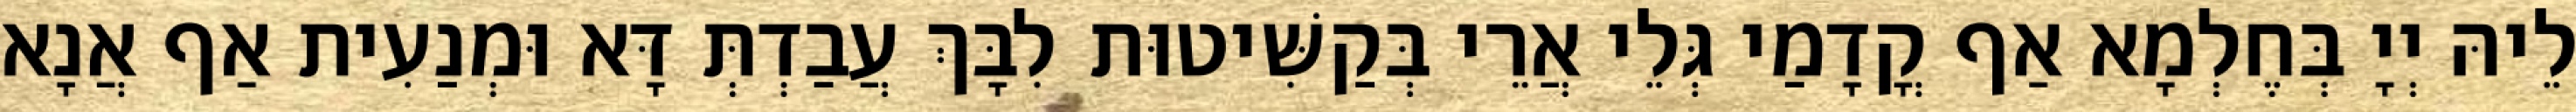
לֵיהּ יְיָ בְּחֶלְמָא אַף קֳדָמַי גְּלֵי אֲרֵי בְּקַשִּׁיטוּת לִבָּךְ עֲבַדְתְּ דָּא וּמְנַעִית אַף אֲנָא